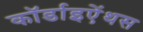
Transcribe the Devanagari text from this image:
कॉर्डाइऐंथस